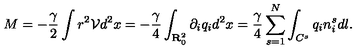
M = - \frac { \gamma } { 2 } \int r ^ { 2 } { \mathcal { V } } d ^ { 2 } x = - \frac { \gamma } { 4 } \int _ { { \bf { R } } _ { 0 } ^ { 2 } } \partial _ { i } q _ { i } d ^ { 2 } x = \frac { \gamma } { 4 } \sum _ { s = 1 } ^ { N } \int _ { C ^ { s } } q _ { i } n _ { i } ^ { s } d l .